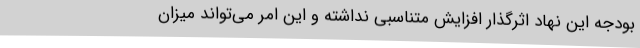
بودجه این نهاد اثرگذار افزایش متناسبی نداشته و این امر می‌تواند میزان